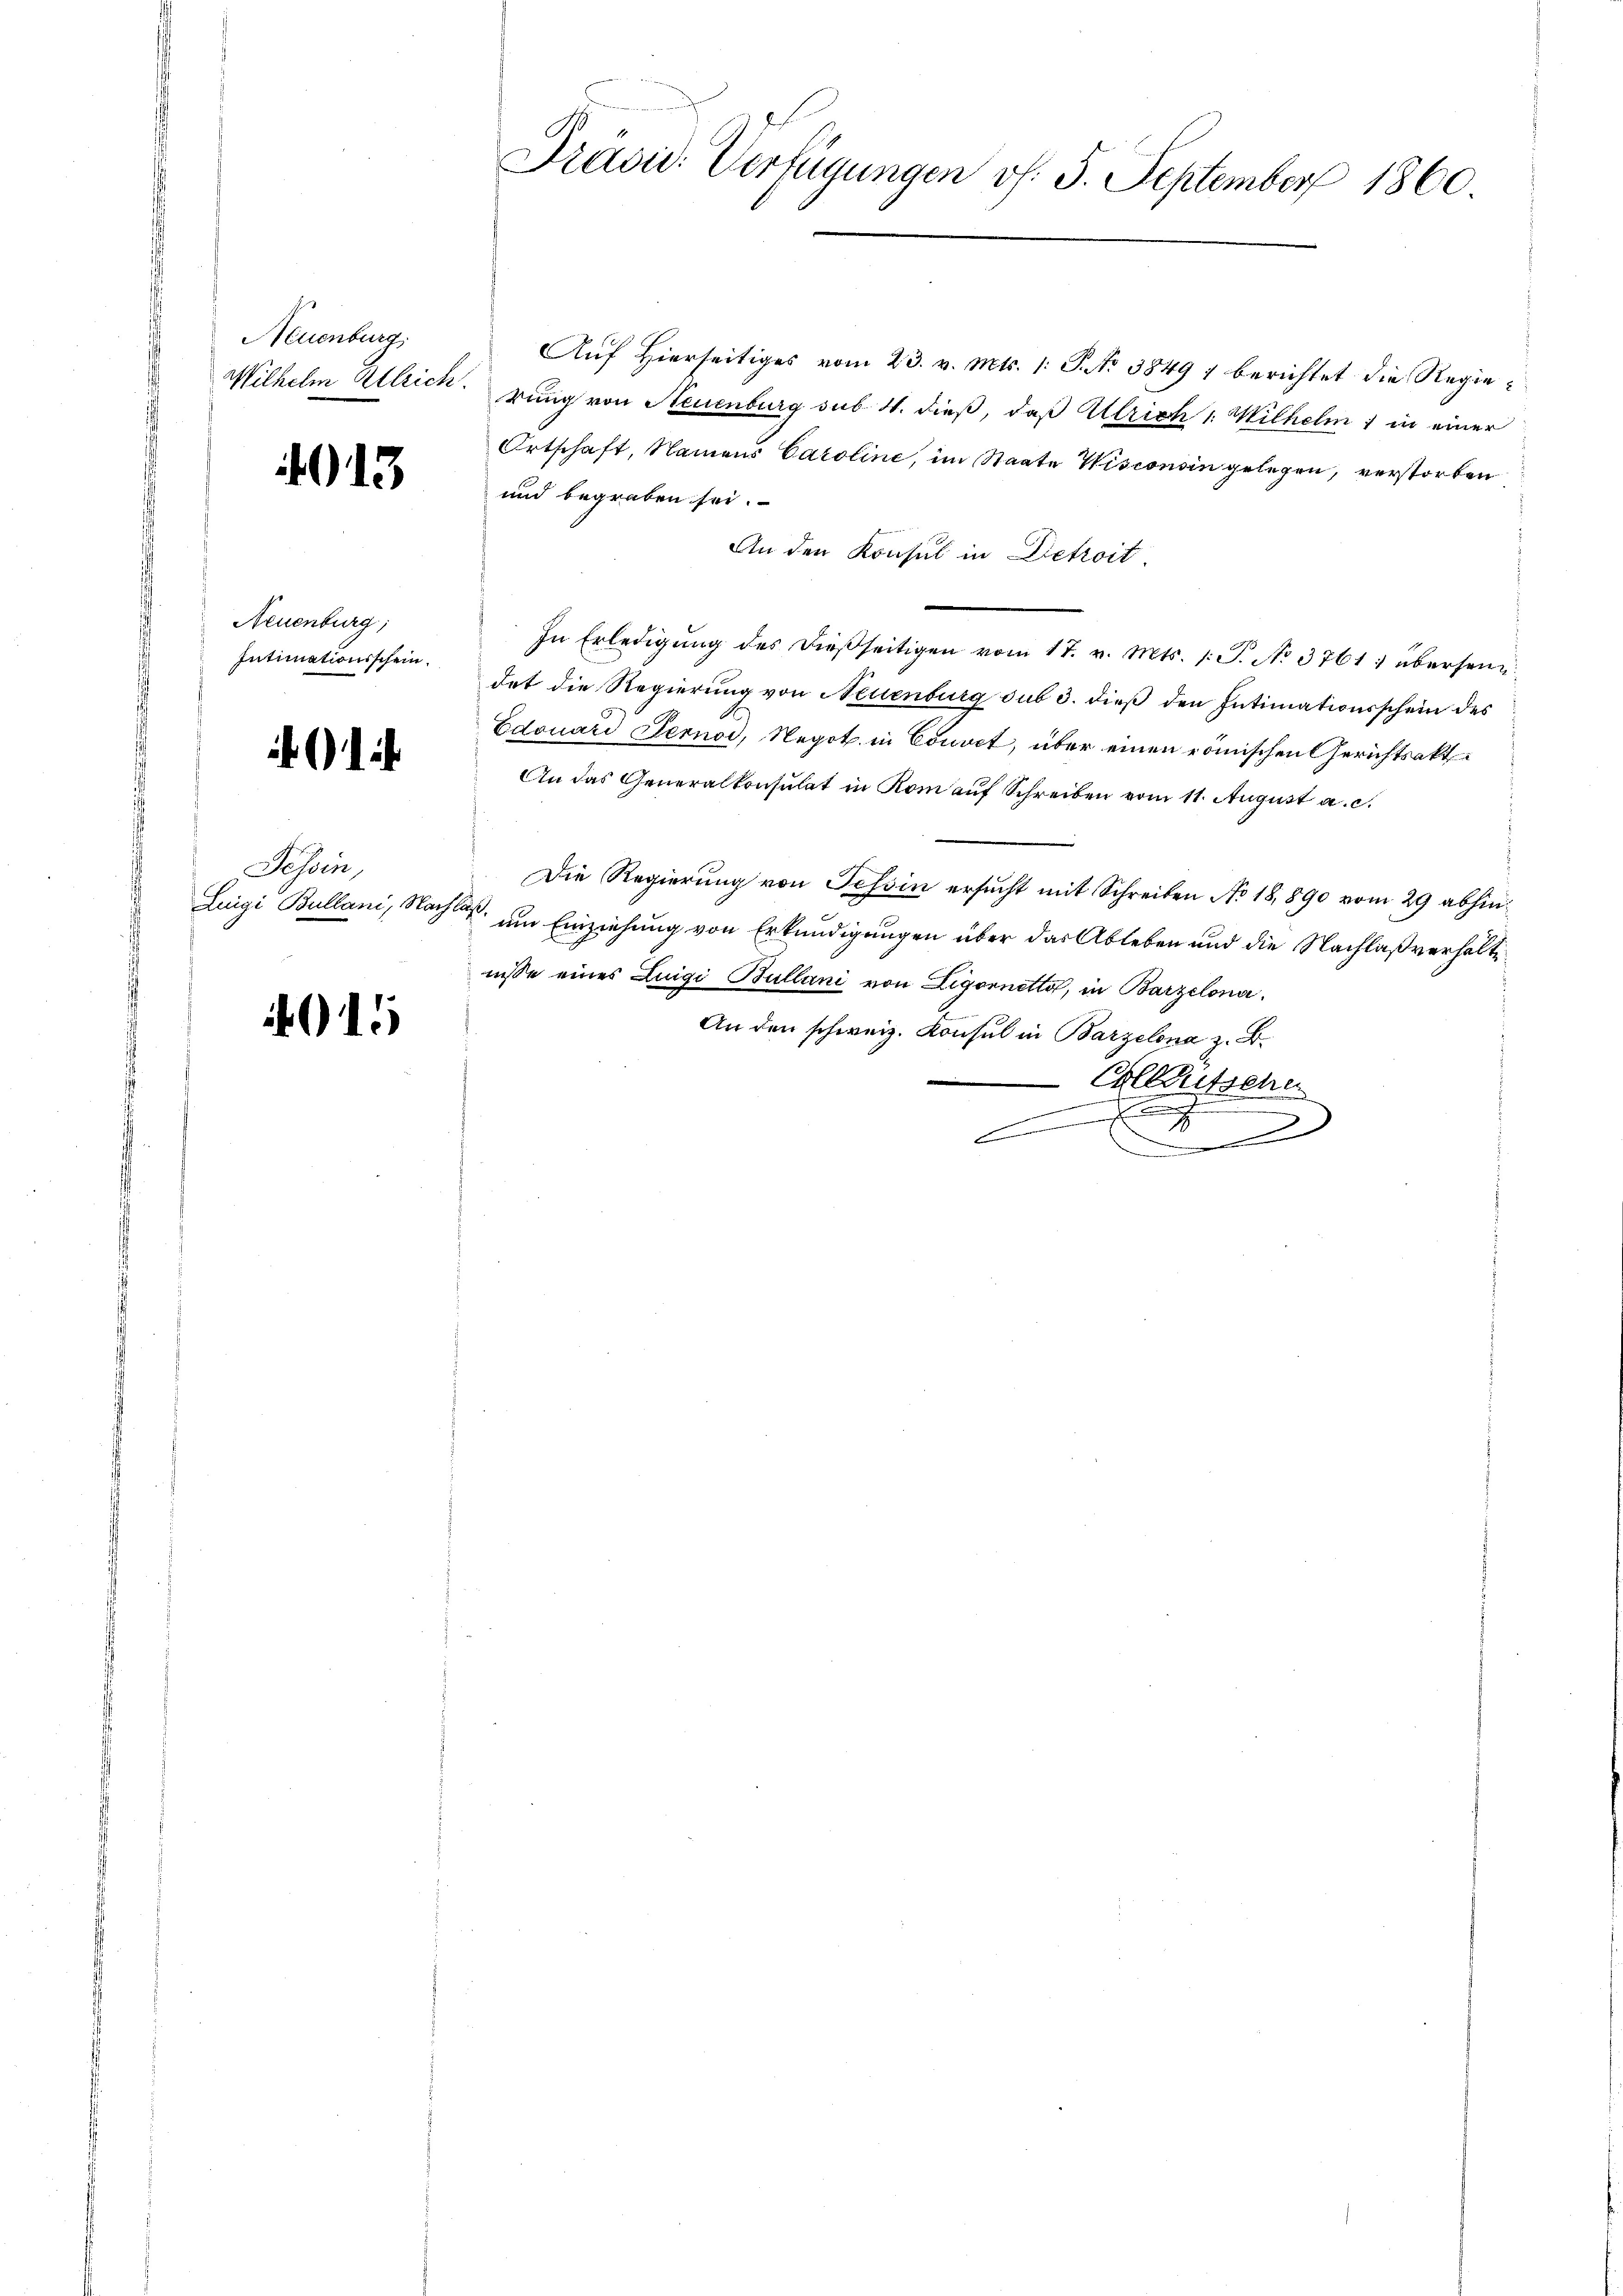
Neuenburg.

4013

Neuenburg,
Intimationsschein.

Tessin,

4015

Auf Hierseitiges vom 23. v. Mts. 1. P. No 38497 berichtet die Regie¬
Wilhelm Attrick. rung von Neuenburg sub. 4. dieß, daß Ulrich 1. Wilhelm 1 in einer
Ortschaft, Namens Caroline, im Staate Wisconsin gelegen, verstorben
und begraben sei.
An den Konsul in Dietroit.
In Erledigŭng des dießseitigen vom 17. v. Mts. 1. P. No. 3761; übersendet die Regierung von Neuenburg sub 3. dieß den Intimationsschein des
Edouard Pernod, Negot in Couvet, über einen römischen Gerichtsakt
An das Generalkonsulat in Rom auf Schreiben vom 11. August a. c.
Die Regierung von Tessin ersucht mit Schreiben No 18,890 vom 29 abhin¬
Luigi Bullani, Nachlaß um Einziehung von Erkundigungen über das Ableben und die Nachlaßverhältnisse eines Luigi Bullani von Ligornetto, in Barzelona¬
An den schweiz. Konsul in Barzelona z. B.
Ehlerische
e
g
x

Präsid. Verfügungen v. 5. September 1860.